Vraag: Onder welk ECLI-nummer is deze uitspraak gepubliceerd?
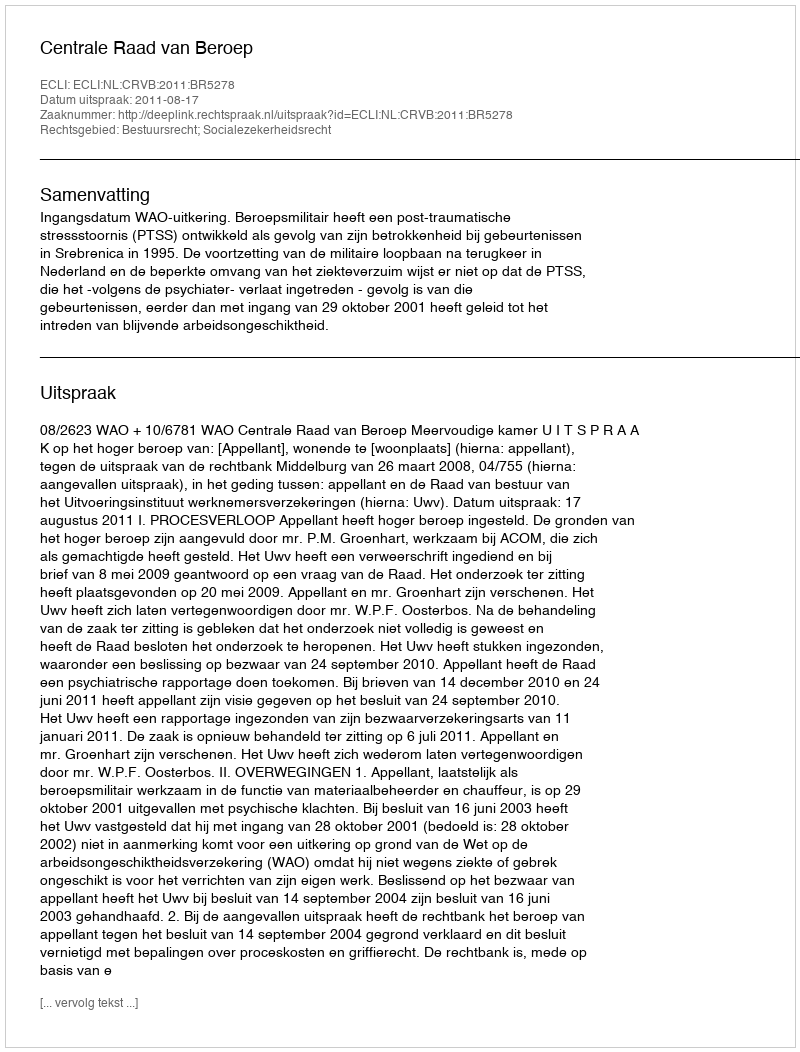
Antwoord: ECLI:NL:CRVB:2011:BR5278